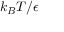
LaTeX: k _ { B } T / \epsilon